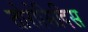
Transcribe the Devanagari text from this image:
तोरोसिदिस